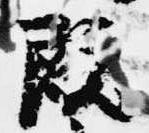
既